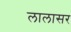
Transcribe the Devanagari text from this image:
लालासर